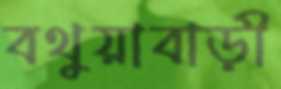
বথুয়াবাড়ী